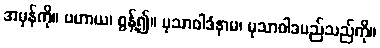
အမှန်ကို။ ပဟာယ၊ စွန့်၍။ မုသာဝါဒံနာမ၊ မုသာဝါဒမည်သည်ကို။